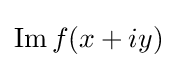
\operatorname {Im} f(x+iy)